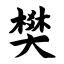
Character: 樊